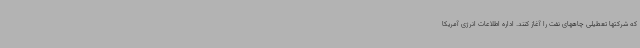
که شرکتها تعطیلی چاههای نفت را آغاز کنند. اداره اطلاعات انرژی آمریکا